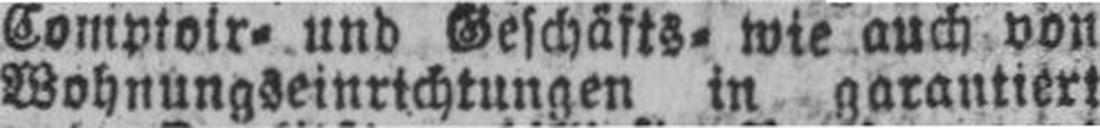
Wohnungseinrichtungen in garantiert